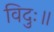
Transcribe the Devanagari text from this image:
विदुः॥